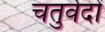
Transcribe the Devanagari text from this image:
चतुर्वेदों